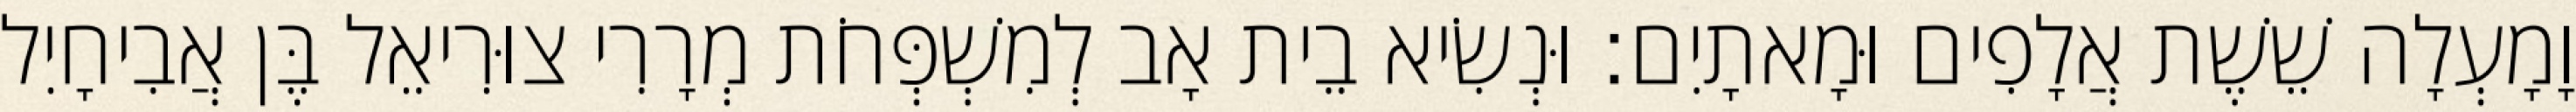
וָמָעְלָה שֵׁשֶׁת אֲלָפִים וּמָאתָיִם׃ וּנְשִׂיא בֵית אָב לְמִשְׁפְּחֹת מְרָרִי צוּרִיאֵל בֶּן אֲבִיחָיִל